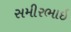
સમીરભાઇ